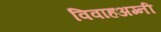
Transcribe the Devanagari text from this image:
विवाहअग्नी